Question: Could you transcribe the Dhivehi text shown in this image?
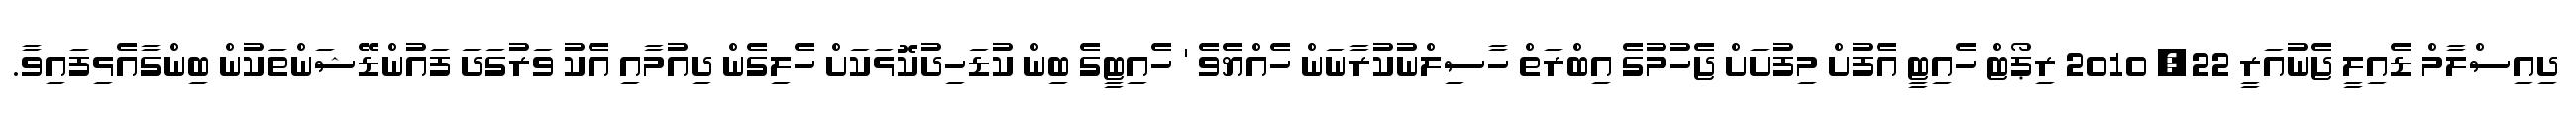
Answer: ދިއިސްލާމް ޑެއިލީ ޖެނުއަރީ 22, 2010 ރިޕޯޓް ހެއިޓީ އެފުށް މިފުށަށް ޖެހުމުގެ އިބްރަތް ހާސިލްނުކުރާނަން ހެއްޔެވެ ' ހެއިޓީގެ ބިން ކުޑަހިދުކޮޅަކަށް ހެލިގެން ދިއުމާއި އެކު ވަރުގަދަ ފައުންޑޭޝަންތަކުން ބިންގާއެޅިފައިވާ.